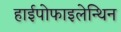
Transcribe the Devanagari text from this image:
हाईपोफाइलेन्थिन